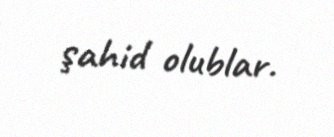
şahid olublar.